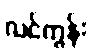
လင်ကွန်း